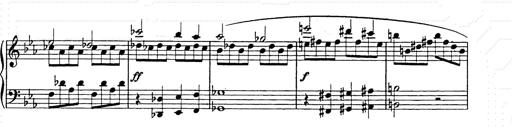
Title: Allegro di bravura
Composer: Carl Maria von Weber
Key: D major